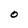
Character: O